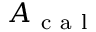
A _ { \mathrm { ~ c ~ a ~ l ~ } }